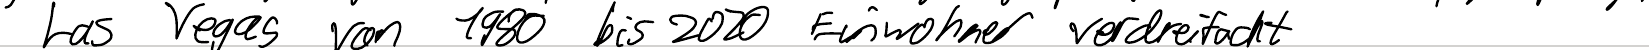
Las Vegas von 1980 bis 2020 Einwohner verdreifacht